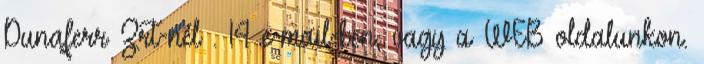
Dunaferr Zrt-nél . 14 e-mail-ben, vagy a WEB oldalunkon.